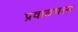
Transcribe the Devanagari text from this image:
प्रवाळभस्म